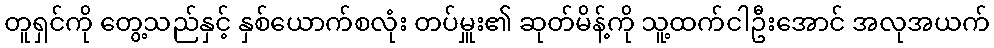
တူရှင်ကို တွေ့သည်နှင့် နှစ်ယောက်စလုံး တပ်မှူး၏ ဆုတ်မိန့်ကို သူ့ထက်ငါဦးအောင် အလုအယက်